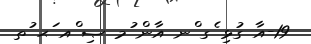
19-އާ ގުޅި ެގ ްނ އާން ުމ ޞި ްއ ަޙ ުތ